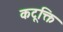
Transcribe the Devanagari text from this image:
कटूक्ति